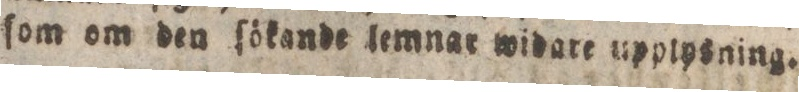
ſom om den ſökande lemnar widare uppipsning.